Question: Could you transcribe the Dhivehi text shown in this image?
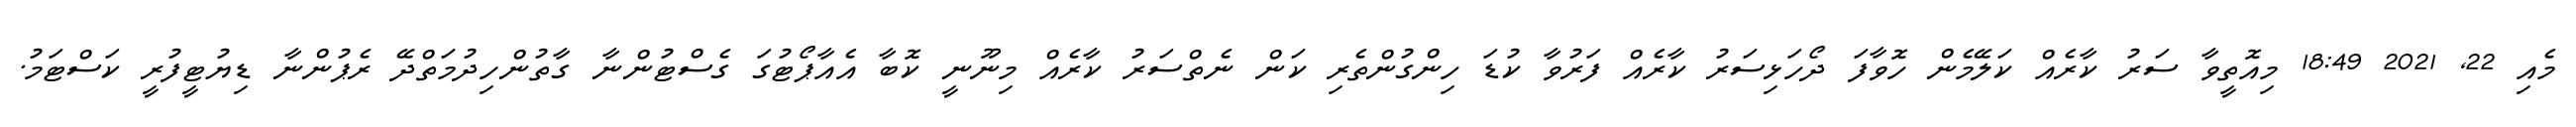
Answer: މެއި 22, 2021 18:49 މިއޮތީވާ ސަރު ކާރެއް ކަލޭމެން ހޮވާފަ ދޯހަޅިސަރު ކާރެއް ފަރުވާ ކުޑަ ހިންގުންތެރި ކަން ނެތްސަރު ކާރެއް މިނޫނީ ކޮބާ އެއާޕޯޓުގަ ގެސްޓުންނާ ގާތުންހިދުމަތްދޭ ރެޕުންނާ ޑިޔުޓީފުރީ ކަސްޓަމު.